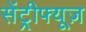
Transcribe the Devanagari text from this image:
सेंट्रीफ्यूज़